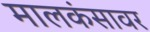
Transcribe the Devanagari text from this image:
मालकंसावर